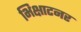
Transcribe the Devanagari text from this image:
भिक्षाटनर